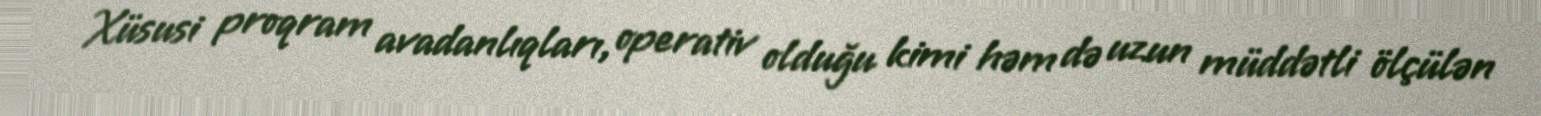
Xüsusi proqram avadanlıqları, operativ olduğu kimi həm də uzun müddətli ölçülən